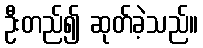
ဦးတည်၍ ဆုတ်ခဲ့သည်။